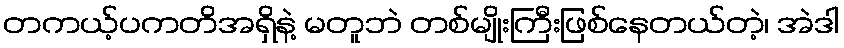
တကယ့်ပကတိအရှိနဲ့ မတူဘဲ တစ်မျိုးကြီးဖြစ်နေတယ်တဲ့၊ အဲဒါ